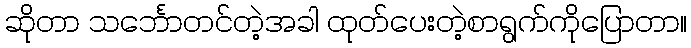
ဆိုတာ သင်္ဘောတင်တဲ့အခါ ထုတ်ပေးတဲ့စာရွက်ကိုပြောတာ။